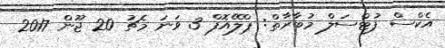
އެކްސް ފުޓްސަލް މުބާރާތް: ޕްލޭއޮފް 3 ވަނަ މެޗު 20 ޖޫން 2017